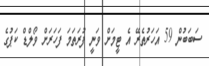
ސަބަބުން 59 އަހަރުތެރޭ އެ ޓީމަށް ވަނީ ފުރަތަމަ ފަހަރަށް ވޯލްޑް ކަޕުގެ